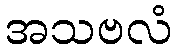
အသဗလံ